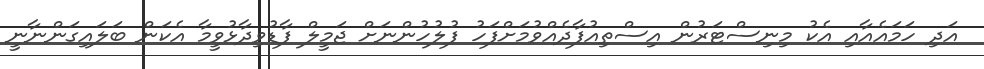
އަދި ހަމައެއާއި އެކު މިނިސްޓަރުން އިސްތިއުފާދެއްވުމަށްފަހު ފުލުހުންނަށް ޖަމީލް ފާޑުވިދާޅުވީމާ އެކަން ބަލައިގަންނާނީ